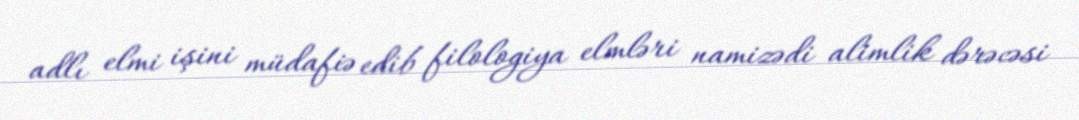
adlı elmi işini müdafiə edib filologiya elmləri namizədi alimlik dərəcəsi